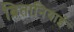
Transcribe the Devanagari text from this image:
ब्रितानियाई